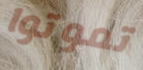
تموتوا